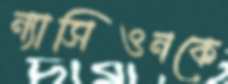
ন্যাসিওনকে